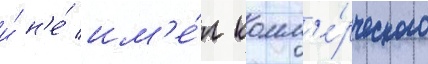
и́ н'е́ им'е́л комм'е́рческого